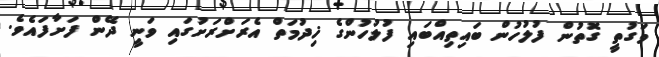
ވަގުތީ ގޮތުން ފުލުހުން ބައިތިއްބައި ފުލުހުންގެ ޚިދުމަތް އެރަށްރަށުގައި ވަނީ ދޭން ފަށާފައެވެ.